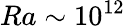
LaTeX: Ra\sim 10^{12}